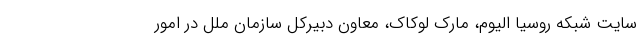
سایت شبکه روسیا الیوم، مارک لوکاک، معاون دبیرکل سازمان ملل در امور